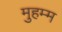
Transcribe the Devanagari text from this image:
मुहम्म